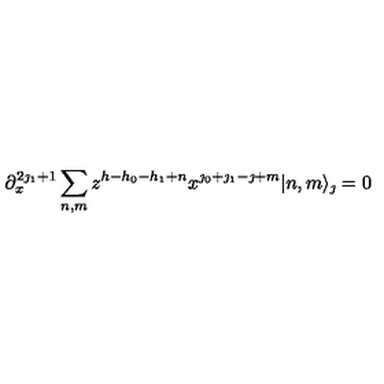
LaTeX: \partial _ { x } ^ { 2 \jmath _ { 1 } + 1 } \sum _ { n , m } z ^ { h - h _ { 0 } - h _ { 1 } + n } x ^ { \jmath _ { 0 } + \jmath _ { 1 } - \jmath + m } | n , m \rangle _ { \jmath } = 0